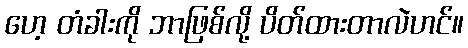
ဟေ့ တံခါးကို ဘာဖြစ်လို့ ပိတ်ထားတာလဲဟင်။